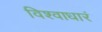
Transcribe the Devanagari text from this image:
विश्वाधारं